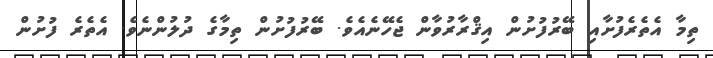
ތިމާ އެތެރެފުށާއި ބޭރުފުށުން އިޤްރާރުވާން ޖެހޭނެއެވެ. ބޭރުފުށުން ތިމާގެ ދުލުންނެވެ. އެތެރެ ފުށުން